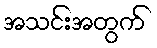
အသင်းအတွက်